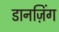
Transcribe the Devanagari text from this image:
डानज़िंग